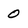
Character: 0